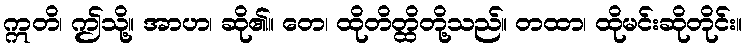
ဣတိ၊ ဤသို့။ အာဟ၊ ဆို၏။ တေ၊ ထိုတိတ္ထိတို့သည်။ တထာ၊ ထိုမင်းဆိုတိုင်း။